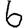
Digit: 6